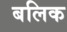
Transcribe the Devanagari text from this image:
बलिक